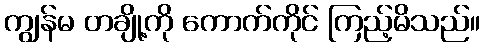
ကျွန်မ တချို့ကို ကောက်ကိုင် ကြည့်မိသည်။